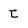
Character: t